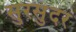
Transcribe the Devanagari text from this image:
सुरसुंदर